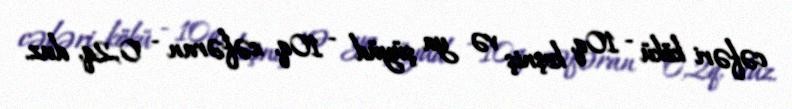
cəfəri kökü - 10q, keşniş və ya şüyüd - 10q, zəfəran - 0,2q, duz.